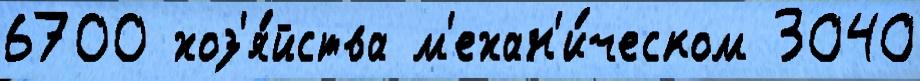
6700 хоз'я́йства м'ехан'и́ческом 3040